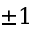
\pm 1